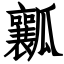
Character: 瓤